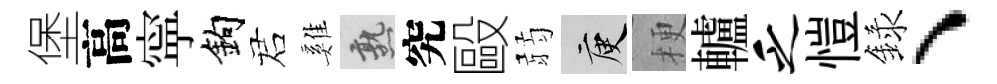
堡高寜鈎诺雞熟究毆弱庾梗轤乏愷録、